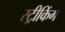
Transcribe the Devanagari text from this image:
स्ट्रीकिंग